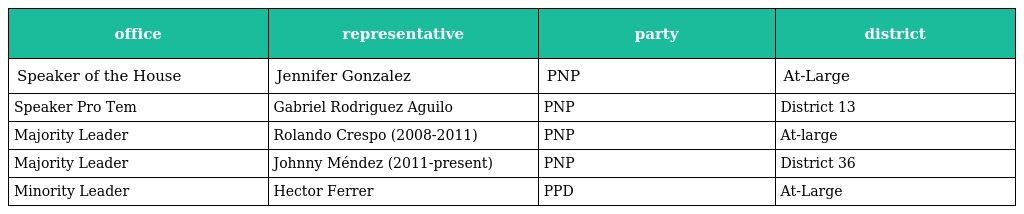
| office | representative | party | district |
 | --- | --- | --- | --- |
 | Speaker of the House | Jennifer Gonzalez | PNP | At-Large |
 | Speaker Pro Tem | Gabriel Rodriguez Aguilo | PNP | District 13 |
 | Majority Leader | Rolando Crespo (2008-2011) | PNP | At-large |
 | Majority Leader | Johnny Méndez (2011-present) | PNP | District 36 |
 | Minority Leader | Hector Ferrer | PPD | At-Large |